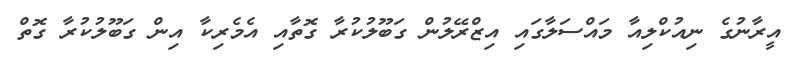
އީރާނުގެ ނިއުކްލިއާ މައްސަލާގައި އިޒްރޭލުން ގަބޫލުކުރާ ގޮތާއި އެމެރިކާ އިން ގަބޫލުކުރާ ގޮތް